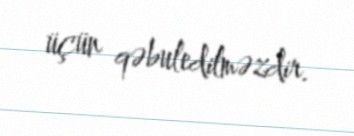
üçün qəbuledilməzdir.